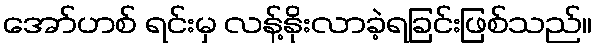
အော်ဟစ် ရင်းမှ လန့်နိုးလာခဲ့ရခြင်းဖြစ်သည်။